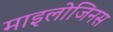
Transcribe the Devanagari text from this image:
माइलोजिनस